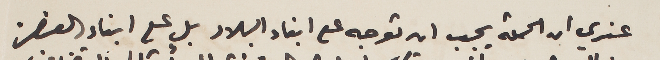
عندي ان الحملة يجب ان توجه على ابناء البلاد بل على ابناء العنصر